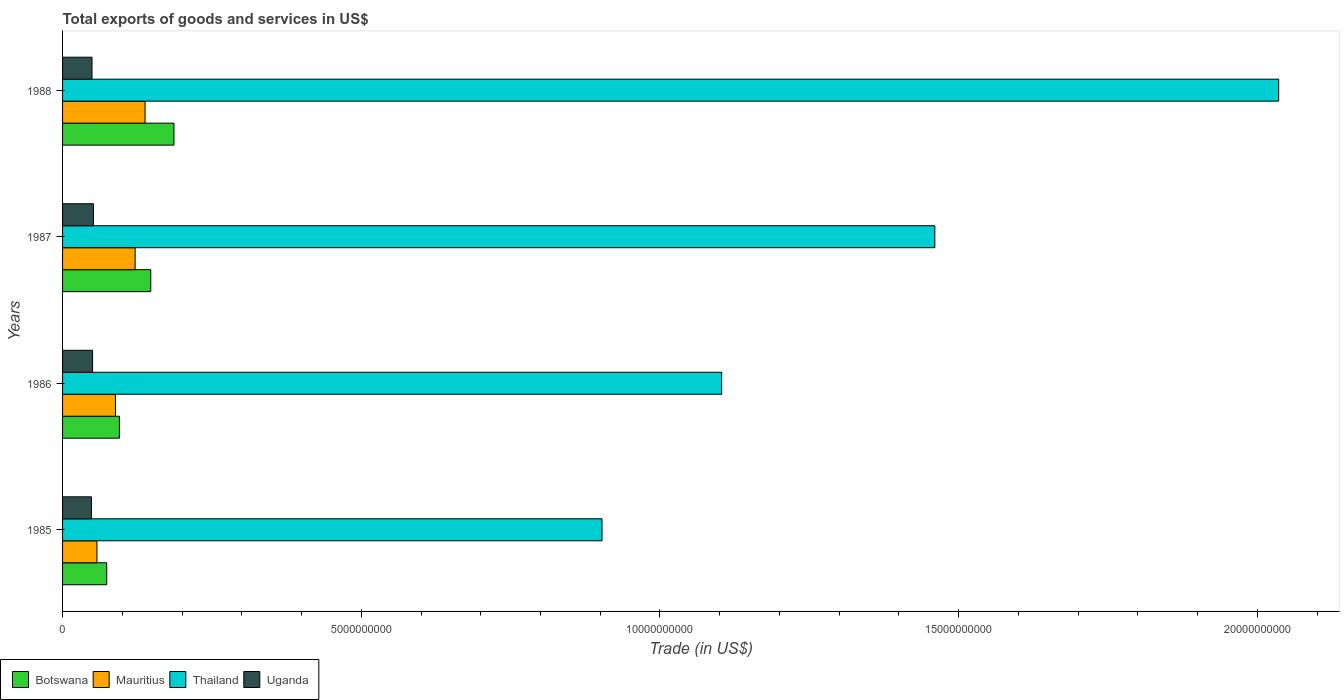
| Years | Botswana | Mauritius | Thailand | Uganda |
 | --- | --- | --- | --- | --- |
 | 1985 | 7.39e+08 | 5.76e+08 | 9.03e+09 | 4.84e+08 |
 | 1986 | 9.52e+08 | 8.85e+08 | 1.1e+10 | 5.03e+08 |
 | 1987 | 1.48e+09 | 1.21e+09 | 1.46e+10 | 5.17e+08 |
 | 1988 | 1.86e+09 | 1.38e+09 | 2.04e+10 | 4.93e+08 |